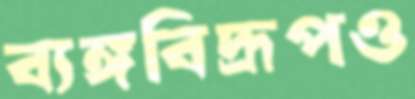
ব্যঙ্গবিদ্রূপও